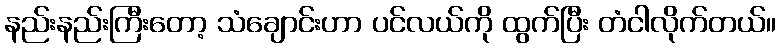
နည်းနည်းကြီးတော့ သံချောင်းဟာ ပင်လယ်ကို ထွက်ပြီး တံငါလိုက်တယ်။